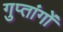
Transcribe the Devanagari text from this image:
गुप्‍तांगों